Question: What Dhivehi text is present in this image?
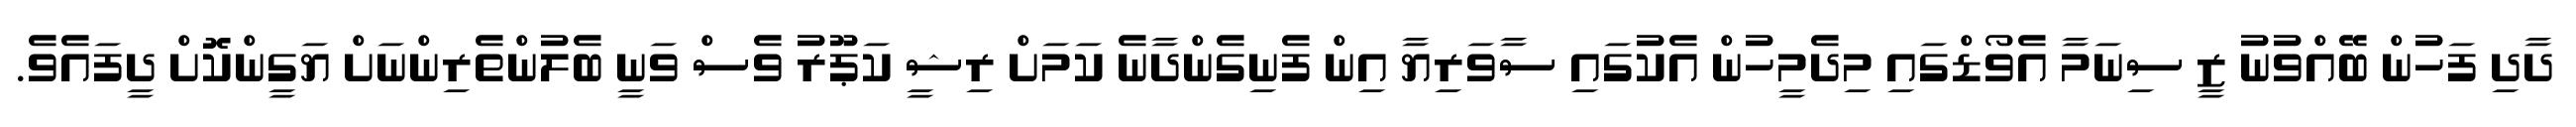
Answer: ދާދި ފަހުން ބޭއްވުނު ޒީ ސިނަމާ އެވޯޑްގައި މިދެމީހުން އެކުގައި ސާވަރިޔާ އިން ފެނިގެންދާނެ ކަމަށް ރިޝީ ކަޕޫރު ވެސް ވަނީ ބެލުންތެރިންނަށް ޔަގީންކޮށް ދީފައެވެ.